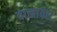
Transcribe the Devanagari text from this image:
वालावर